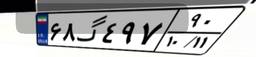
۷۸گ۸۲۱۹۲